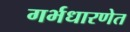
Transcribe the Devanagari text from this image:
गर्भधारणेत